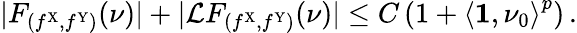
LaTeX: |F_{(f^{\mathrm{X}},f^{\mathrm{Y}})}(\nu)|+|\mathcal{L}F_{(f^{\mathrm{X}},f^{\mathrm{Y}})}(\nu)|\leq C\left(1+\left\langle\mathbf{1},\nu_{0}\right\rangle^{p}\right)\, .